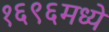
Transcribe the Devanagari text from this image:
१६९६मध्ये